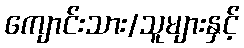
ကျောင်းသား/သူများနှင့်